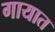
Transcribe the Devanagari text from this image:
गायात